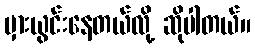
မှားယွင်းနေတယ်လို့ ဆိုပါတယ်။